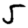
Digit: 5